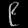
Digit: ၉